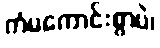
ကံမကောင်းစွာပဲ၊